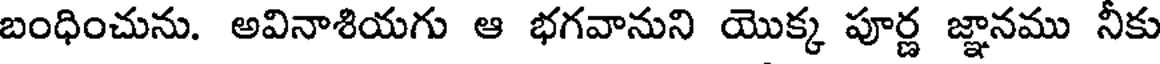
బంధించును. అవినాశియగు ఆ భగవానుని యొక్క పూర్ణ జ్ఞానము నీకు